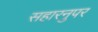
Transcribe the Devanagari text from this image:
सहारनुपर